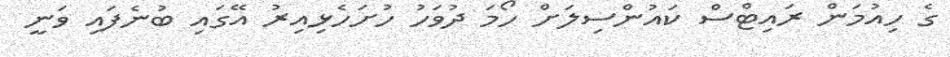
ގެ ހިއުމަން ރައިޓްސް ކައުންސިލަށް ހޯމަ ދުވަހު ހުށަހެޅިއިރު އޭގައި ބުނެފައި ވަނީ